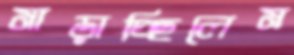
মাড়াচ্ছিলেম